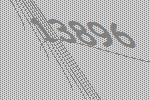
13896